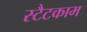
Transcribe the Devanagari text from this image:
स्टैटकाम